Leaving Certificate Examination, 1904
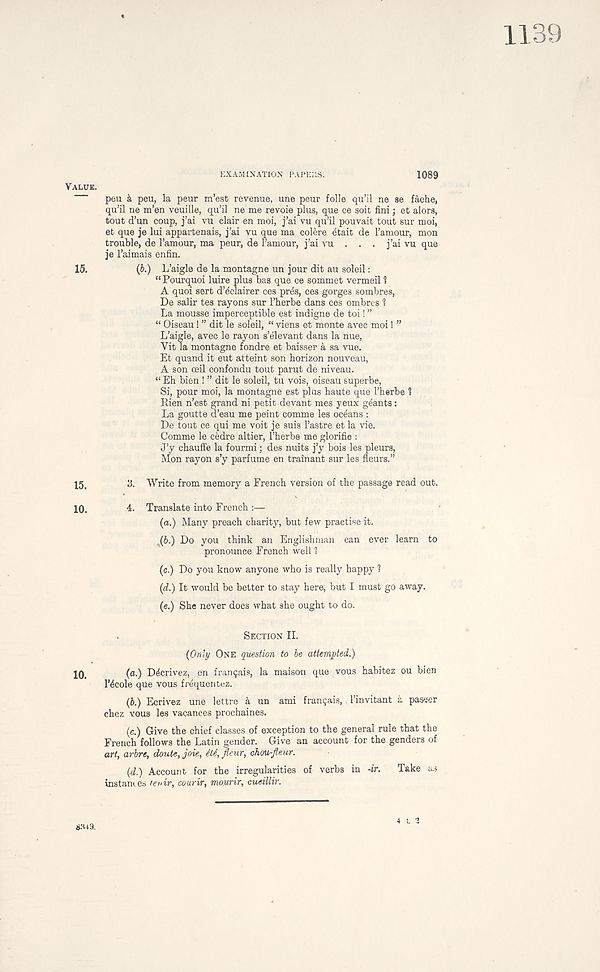
1139
EXAMINATION PAPERS.
1089
peu k peu, la peur m’est revenue, une peur folle qu’il ne se fache,
qu’il ne m’en veuille, qu’il ne me revoie plus, que ce suit fini; et alors,
tout d’un coup, j’ai vu clair en moi, j’ai vu qu’il pouvait tout sur moi,
et que je lui appartenais, j’ai vu que ma colere etait de I’amour, mon
trouble, de I’amour, ma peur, de I’amour, j’ai vu . . . j’ai vu que
je 1’aimais enfin.
(b.) L’aigle de la montagne un jour dit au soleil:
“ Pourquoi luire plus bas que ce sommet vermeil 1
A quoi sert d’4clairer ces pres, ces gorges sombres,
De salir tes rayons sur I’herbe dans ces ombres 1
La mousse imperceptible est indigne de toi! ”
“ Oiseau! ” dit le soleil, “ viens et monte avec moi! ”
L’aigle, avec le rayon s’elevant dans la nue,
Yit la montagne fondre et baisser a sa vue.
Et quand it eut atteint son horizon nouveau,
A son ceil confondu tout parut de niveau.
“ Eh bien ! ” dit le soleil, tu vois, oiseau superbe,
Si, pour moi, la montagne est plus haute que I’herbe 1
Eien n’est grand ni petit devant mes yeux geants:
La goutte d’eau me peint comme les oceans :
De tout ce qui me voit je suis 1’astre et la vie.
Comme le cedre altier, I’herbe me glorifie :
J’y chauffe la fourmi; des nuits j’y bois les pleurs,
Mon rayon s’y parfume en trainant sur les fleurs.”
15,
3. Write from memory a French version of the passage read out.
10.
4. Translate into French :—
(a.) Many preach charity, but few practise it.
.(6.) Do you think an Englishman can ever learn to
pronounce French well 1
(c.) Do you know anyone who is really happy 1
(d.) It would be better to stay here, but I must go away.
(e.) She never does what she ought to do.
SECTION II.
(Only ONE question to be attempted.)
10.
(a.) D^crivez, en fran5ais, la maison que vous habitez ou bien
l’4cole que vous frequentez.
(b.) Ecrivez une lettre a un ami franQais, 1’invitant a paswer
chez vous les vacances prochaines.
(e.) Give the chief classes of exception to the general rule that the
French follows the Latin gender. Give an account for the genders of
art, arbre, doutc, joie, 6tA,Jleur, chou-fieur.
(d.) Account for the irregularities of verbs in -ir.
Take as
instances ie>nr, courir, mourir, cucillir.
VALUE.
15.
8**9.